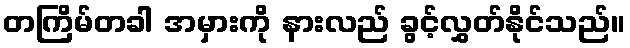
တကြိမ်တခါ အမှားကို နားလည် ခွင့်လွှတ်နိုင်သည်။